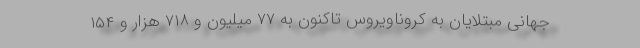
جهانیِ مبتلایان به کروناویروس تاکنون به ۷۷ میلیون و ۷۱۸ هزار و ۱۵۴